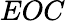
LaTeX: EOC